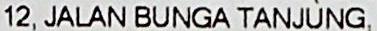
12, JALAN BUNGA TANJUNG,